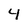
Character: 4